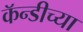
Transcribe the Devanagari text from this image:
कॅन्डीच्या